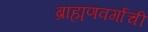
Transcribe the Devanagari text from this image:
ब्राह्मणवर्गाची